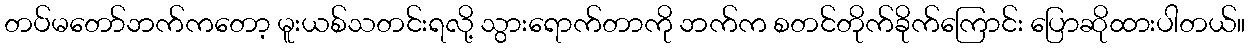
တပ်မတော်ဘက်ကတော့ မူးယစ်သတင်းရလို့ သွားရောက်တာကို ဘက်က စတင်တိုက်ခိုက်ကြောင်း ပြောဆိုထားပါတယ်။